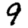
Digit: 9